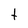
Character: t